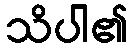
သိပါ၏